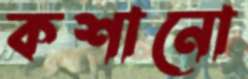
কশানো